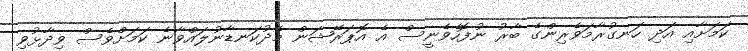
ކަމަށާއި އަދި ހަނގުރާމަވެރިންގެ ބާރު ނުފޮހެވެނީސް އެ އޮޕަރޭޝަން މެދުކަނޑާނުލައްވާނެ ކަމަށްވެސް ވިދާޅުވި